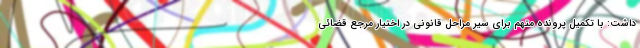
داشت: با تکمیل پرونده متهم برای سیر مراحل قانونی در اختیار مرجع قضائی